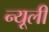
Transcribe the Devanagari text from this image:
न्यूली